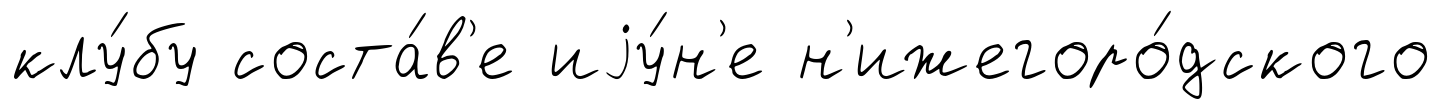
клу́бу соста́в'е иjу́н'е н'ижегоро́дского